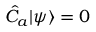
{ \hat { C } } _ { a } \vert \psi \rangle = 0